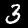
Label: 3